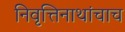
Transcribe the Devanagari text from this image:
निवृत्तिनाथांचाच